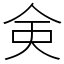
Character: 㑒